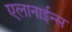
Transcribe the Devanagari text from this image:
एलानाईन्स